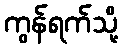
ကွန်ရက်သို့